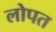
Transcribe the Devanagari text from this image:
लोपत